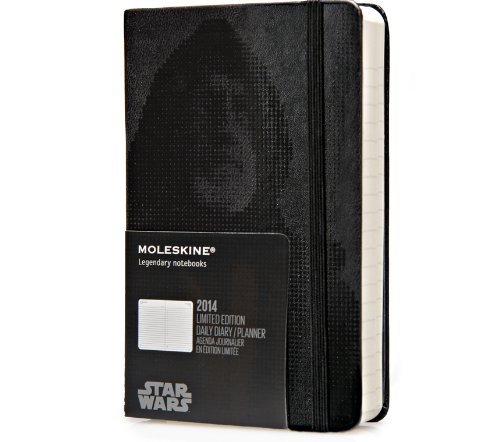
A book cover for Moleskine 2014 Star Wars Limited Edition Daily Planner, 12 Month, Pocket, Black, Hard Cover (3.5 x 5.5) (Planners & Datebooks); Moleskine; Calendars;